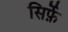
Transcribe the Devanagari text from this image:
सिर्फ़े